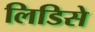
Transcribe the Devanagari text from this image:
लिडिसे